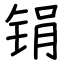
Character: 𫓶